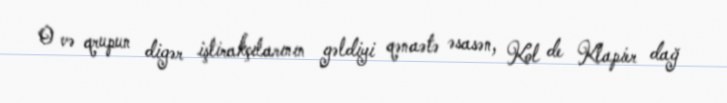
O və qrupun digər iştirakçılarının gəldiyi qənaətə əsasən, Kol de Klapier dağ